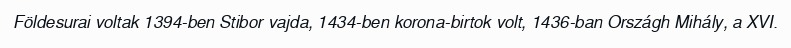
Földesurai voltak 1394-ben Stibor vajda, 1434-ben korona-birtok volt, 1436-ban Országh Mihály, a XVI.